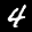
Label: 4